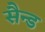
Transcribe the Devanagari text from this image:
सैन्ड